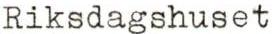
Riksdagshuset